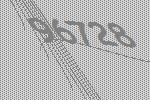
96728